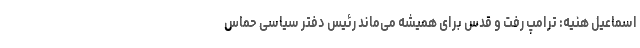
اسماعیل هنیه: ترامپ رفت و قدس برای همیشه می‌ماند رئیس دفتر سیاسی حماس